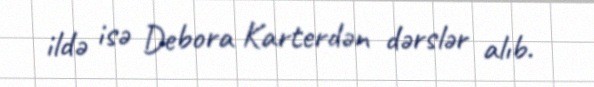
ildə isə Debora Karterdən dərslər alıb.